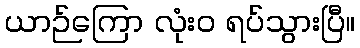
ယာဉ်ကြော လုံးဝ ရပ်သွားပြီ။